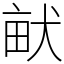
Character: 𤱶